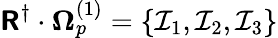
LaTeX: \boldsymbol{\mathsf{R}}^{\dagger}\cdot\boldsymbol{\Omega}_{p}^{(1)}=\left\{ \mathcal{I}_{1},\mathcal{I}_{2},\mathcal{I}_{3}\right\}